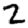
Digit: 2